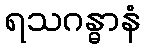
ရသဂန္ဓာနံ